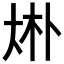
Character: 𠧭